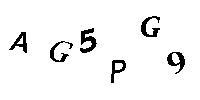
AG5PG9